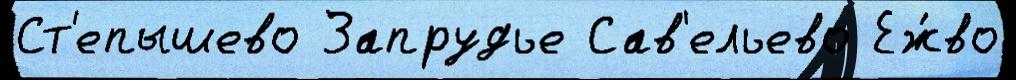
Ст'епышево Запрудье Сав'ельево Еж́во